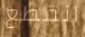
انقطع